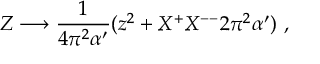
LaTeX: Z \longrightarrow \frac { 1 } { 4 \pi ^ { 2 } \alpha ^ { \prime } } ( z ^ { 2 } + X ^ { + } X ^ { -- } 2 \pi ^ { 2 } \alpha ^ { \prime } ) \ ,